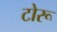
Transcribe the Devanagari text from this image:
टोरू